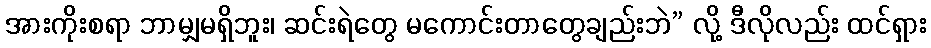
အားကိုးစရာ ဘာမျှမရှိဘူး၊ ဆင်းရဲတွေ မကောင်းတာတွေချည်းဘဲ” လို့ ဒီလိုလည်း ထင်ရှား